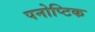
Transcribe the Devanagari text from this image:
पनोप्टिक